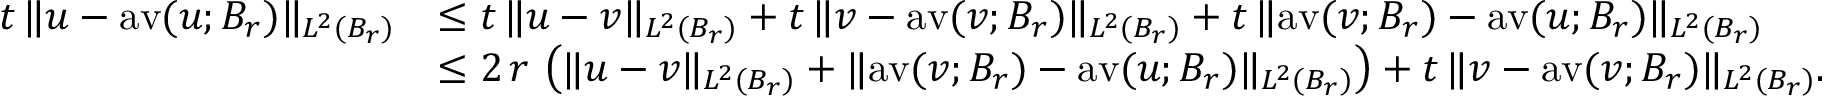
\begin{array} { r l } { t \, \| u - \mathrm { a v } ( u ; B _ { r } ) \| _ { L ^ { 2 } ( B _ { r } ) } } & { \le t \, \| u - v \| _ { L ^ { 2 } ( B _ { r } ) } + t \, \| v - \mathrm { a v } ( v ; B _ { r } ) \| _ { L ^ { 2 } ( B _ { r } ) } + t \, \| \mathrm { a v } ( v ; B _ { r } ) - \mathrm { a v } ( u ; B _ { r } ) \| _ { L ^ { 2 } ( B _ { r } ) } } \\ & { \le 2 \, r \, \left( \| u - v \| _ { L ^ { 2 } ( B _ { r } ) } + \| \mathrm { a v } ( v ; B _ { r } ) - \mathrm { a v } ( u ; B _ { r } ) \| _ { L ^ { 2 } ( B _ { r } ) } \right) + t \, \| v - \mathrm { a v } ( v ; B _ { r } ) \| _ { L ^ { 2 } ( B _ { r } ) } . } \end{array}